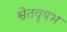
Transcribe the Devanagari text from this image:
श्वेतवृषभ